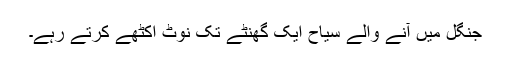
جنگل میں آنے والے سیاح ایک گھنٹے تک نوٹ اکٹھے کرتے رہے۔